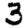
Digit: 3